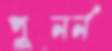
পুনর্ন